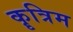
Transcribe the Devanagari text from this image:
कॄत्रिम